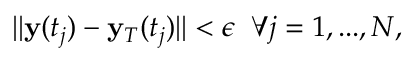
| | \mathbf { y } ( t _ { j } ) - \mathbf { y } _ { T } ( t _ { j } ) | | < \epsilon \; \; \forall j = 1 , . . . , N ,